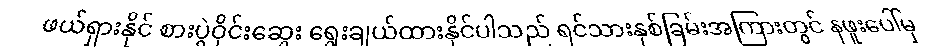
ဖယ်ရှားနိုင် စားပွဲဝိုင်းဆွေး ရွေးချယ်ထားနိုင်ပါသည် ရင်သားနှစ်ခြမ်းအကြားတွင် နဖူးပေါ်မှ